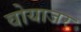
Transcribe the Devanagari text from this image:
वोयाजर